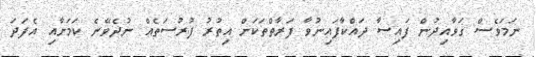
ނަމަވެސް ގަވާއިދުން ފައިސާ ދައްކާފައިނުވާ ފަރާތްތަކަށް އިތުރު ފުރުސަތެއް ނުދެވޭނެ ކަަމަށާއި އެފަދަ